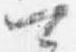
可